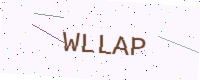
Text: WLLAP